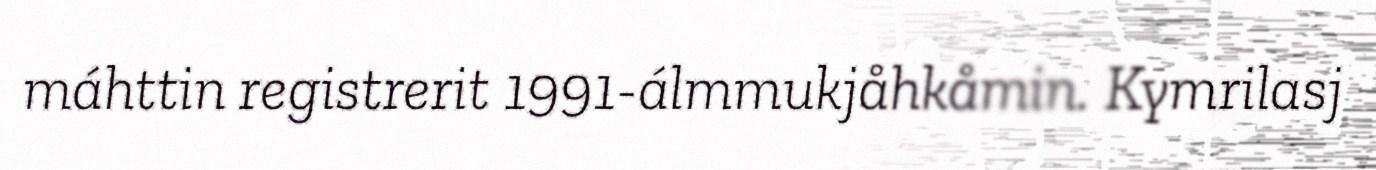
máhttin registrerit 1991-álmmukjåhkåmin. Kymrilasj